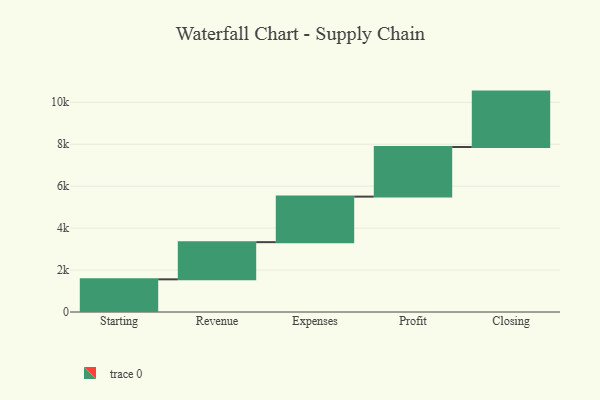
{"axis": {"x": "Step", "y": "Value"}, "legend": [""], "data": [{"x": "Starting", "y": 1558.0, "type": ""}, {"x": "Revenue", "y": 1773.0, "type": ""}, {"x": "Expenses", "y": 2171.0, "type": ""}, {"x": "Profit", "y": 2367.0, "type": ""}, {"x": "Closing", "y": 2641.0, "type": ""}]}